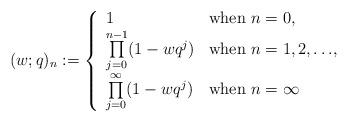
LaTeX: \begin{align*} (w;q)_n:= \left\{ \begin{array}{ll}1 & \textrm{when $n=0$},\\\prod\limits_{j=0}^{n-1} (1-wq^j)& \textrm{when $n=1,2,\ldots$},\\\prod\limits_{j=0}^{\infty} (1-wq^j)& \textrm{when $n=\infty$}\end{array} \right.\end{align*}